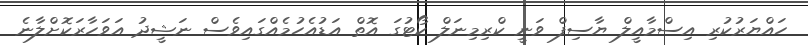
ހައްޔަރުކުރި އިސްމާއީލް ޔާސިފް ވަނީ ކްރިމިނަލް ކޯޓުގަ އޮތް އަޑުއެހުމެއްގައިވެސް ނަޝީދު އަވަހާރަކޮށްލާނެ